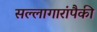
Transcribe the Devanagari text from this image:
सल्लागारांपैकी